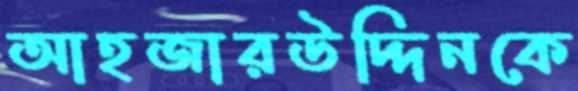
আহজারউদ্দিনকে